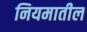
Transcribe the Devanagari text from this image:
नियमातील